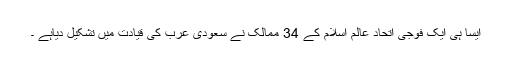
ایسا ہی ایک فوجی اتحاد عالم اسلام کے 34 ممالک نے سعودی عرب کی قیادت میں تشکیل دیاہے ۔